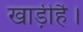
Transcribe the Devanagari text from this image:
खाड़ीहै।